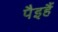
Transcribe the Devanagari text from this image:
पैइहैं